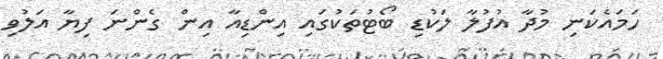
ހަމައެކަނި މުދާ އުފުލާ ލަކުޑި ބޯޓުތަކުގައި އިންޑިއާ އިން ގެންނަ ފިޔާ އަލުވި